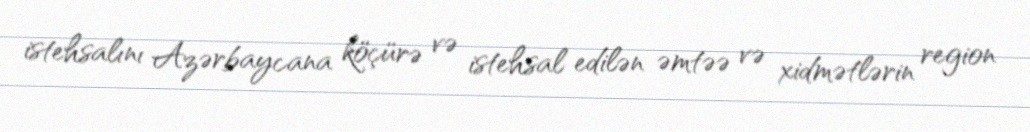
istehsalını Azərbaycana köçürə və istehsal edilən əmtəə və xidmətlərin region